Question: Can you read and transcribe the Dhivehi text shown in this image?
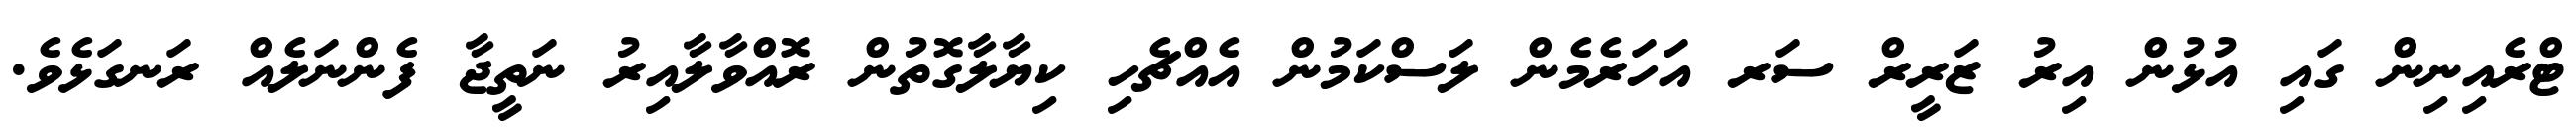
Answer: ޓްރެއިނިން ގައި އުޅުން އިރު ޒަރީރް ސަރ އަހަރެމެން ލަސްކަމުން އެއްޗެހި ކިޔާލާގޮތުން ރޮއްވާލާއިރު ނަތީޖާ ފެންނަލެއް ރަނގަޅެވެ.